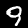
Label: 9